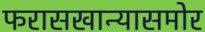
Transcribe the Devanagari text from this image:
फरासखान्यासमोर